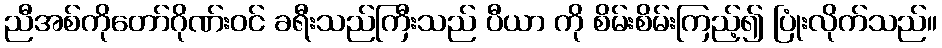
ညီအစ်ကိုတော်ဂိုဏ်းဝင် ခရီးသည်ကြီးသည် ပီယာ ကို စိမ်းစိမ်းကြည့်၍ ပြုံးလိုက်သည်။